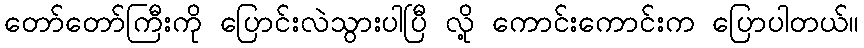
တော်တော်ကြီးကို ပြောင်းလဲသွားပါပြီ လို့ ကောင်းကောင်းက ပြောပါတယ်။